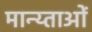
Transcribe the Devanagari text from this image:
मान्य्ताओं